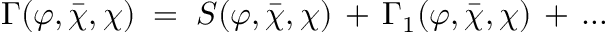
\Gamma ( \varphi , { \bar { \chi } } , \chi ) \; = \; S ( \varphi , { \bar { \chi } } , \chi ) \, + \, \Gamma _ { 1 } ( \varphi , { \bar { \chi } } , \chi ) \, + \, \ldots